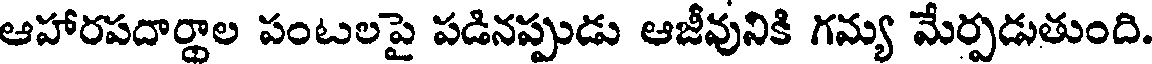
ఆహారపదార్థాల పంటలపై పడినప్పుడు ఆజీవునికి గమ్య మేర్పడుతుంది.